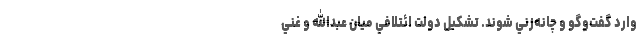
وارد گفت‌وگو و چانه‌زني شوند. تشكيل دولت ائتلافي ميان عبدالله و غني